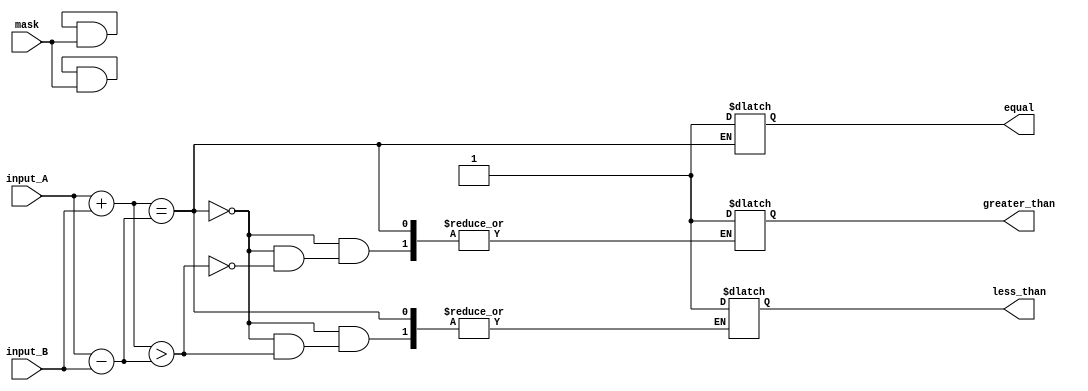
module masked_comparator (
    input signed [7:0] input_A,
    input signed [7:0] input_B,
    input [7:0] mask,
    output reg equal,
    output reg greater_than,
    output reg less_than
);

//Addition block
reg signed [15:0] add_result;
always @* begin
    add_result = input_A + input_B;
end

//Subtraction block
reg signed [15:0] sub_result;
always @* begin
    sub_result = input_A - input_B;
end

//Multiplication block
reg signed [15:0] mul_result;
always @* begin
    mul_result = input_A * input_B;
end

//Division block
reg signed [15:0] div_result;
always @* begin
    div_result = input_A / input_B;
end

//Masking the results
assign add_result = add_result & mask;
assign sub_result = sub_result & mask;
assign mul_result = mul_result & mask;
assign div_result = div_result & mask;

//Comparing the results
always @* begin
    if(add_result == sub_result)
        equal = 1;
    else if(add_result > sub_result)
        greater_than = 1;
    else
        less_than = 1;
end

endmodule